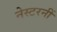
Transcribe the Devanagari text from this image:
नेस्टरनीं